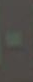
-